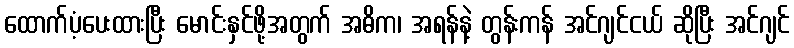
ထောက်ပံ့ပေးထားပြီး မောင်းနှင်ဖို့အတွက် အဓိက၊ အရန်နဲ့ တွန်းကန် အင်ဂျင်ငယ် ဆိုပြီး အင်ဂျင်